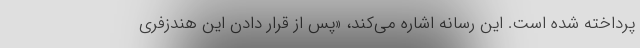
پرداخته شده است. این رسانه اشاره می‌کند، «پس از قرار دادن این هندزفری